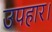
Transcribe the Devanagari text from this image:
उपहार।